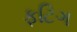
ફટિગ